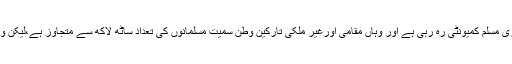
واضح رہے کہ فرانس میں یورپ کی سب سے بڑی مسلم کمیونٹی رہ رہی ہے اور وہاں مقامی اورغیر ملکی تارکین وطن سمیت مسلمانوں کی تعداد ساٹھ لاکھ سے متجاوز ہے،لیکن وہاں بہت کم مسلم خواتین مکمل حجاب اوڑھتی ہیں۔